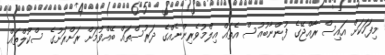
މިފަހަކަށް އައިސް ރާއްޖޭގެ ފުންނާބުއުސް އެތައް އިލްމުވެރިންނެއްގެ ދަރުސްތައް ބޭއްވުމަށް ރަށްރަށުގެ ސްކޫލްތައް